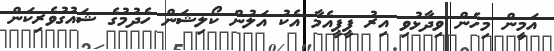
އަމީން މިހެން ވިދާޅުވި އިރު ޕީޕީއެމާ އެކު އަލުން ކޯލިޝަން ހެދުމުގެ ޝައުގުވެރިކަން